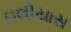
ઇલીયાસ